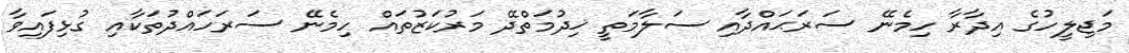
މަޖިލީހުގެ އިދާރާ ހިމެނޭ ސަރަޙައްދާއި ސަލާމަތީ ޚިދުމަތްދޭ މަރުކަޒުތައް ހިމެނޭ ސަރަހައްދުތަކާއި ގުޅިފައިވާ